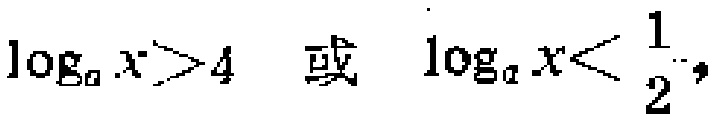
\(\log_{a}x>4\) 或 \(\log_{a}x<\frac{1}{2}\)